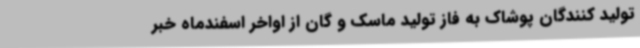
تولید کنندگان پوشاک به فاز تولید ماسک و گان از اواخر اسفندماه خبر